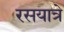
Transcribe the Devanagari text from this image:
रसयात्रे